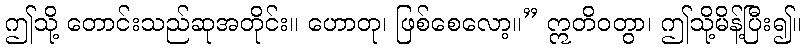
ဤသို့ တောင်းသည်ဆုအတိုင်း။ ဟောတု၊ ဖြစ်စေလော့။” ဣတိဝတွာ၊ ဤသို့မိန့်ပြီး၍။